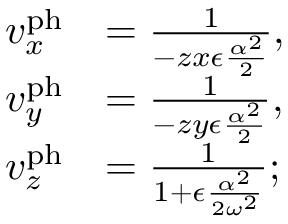
\begin{array} { r l } { v _ { x } ^ { \mathrm { p h } } } & { = \frac { 1 } { - z x \epsilon \frac { \alpha ^ { 2 } } { 2 } } , } \\ { v _ { y } ^ { \mathrm { p h } } } & { = \frac { 1 } { - z y \epsilon \frac { \alpha ^ { 2 } } { 2 } } , } \\ { v _ { z } ^ { \mathrm { p h } } } & { = \frac { 1 } { 1 + \epsilon \frac { \alpha ^ { 2 } } { 2 \omega ^ { 2 } } } ; } \end{array}